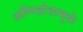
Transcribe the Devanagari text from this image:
अग्निहोत्रामुळे